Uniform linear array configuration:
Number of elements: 8
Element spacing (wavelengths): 0.25
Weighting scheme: kaiser
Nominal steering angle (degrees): -45
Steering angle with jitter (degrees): -46.299
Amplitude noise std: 0.05
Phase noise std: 0.05

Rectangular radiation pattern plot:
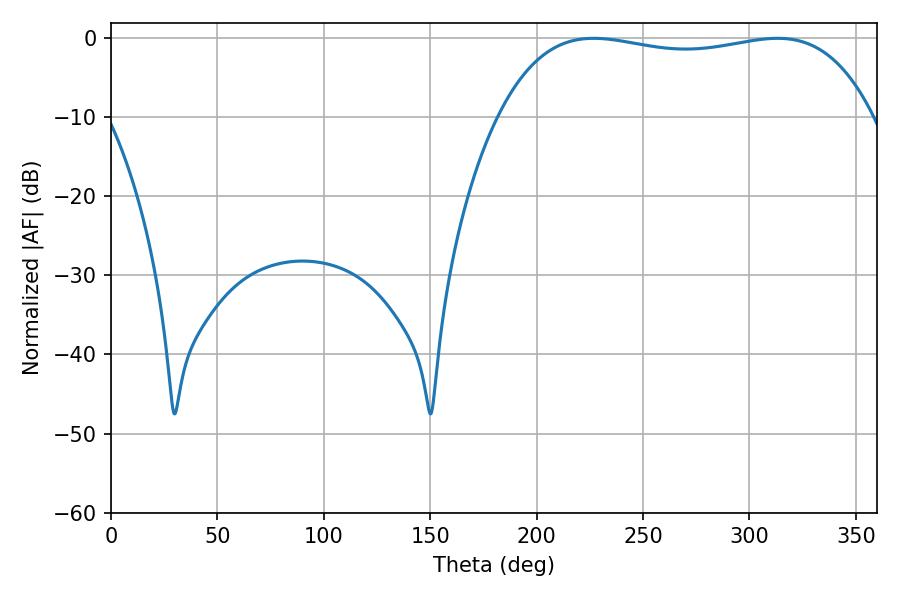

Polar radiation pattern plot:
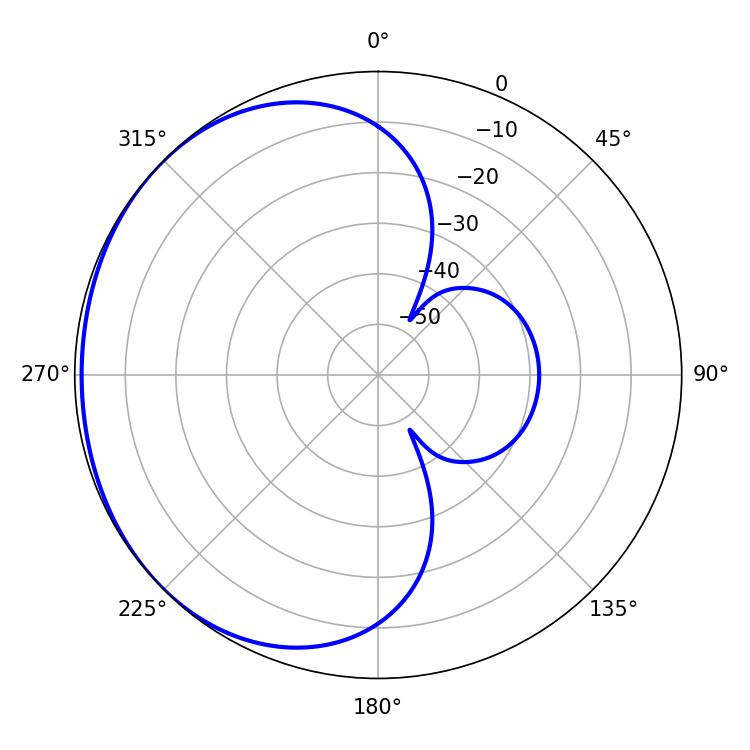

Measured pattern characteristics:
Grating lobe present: FALSE
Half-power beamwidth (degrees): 141.12
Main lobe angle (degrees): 226.8